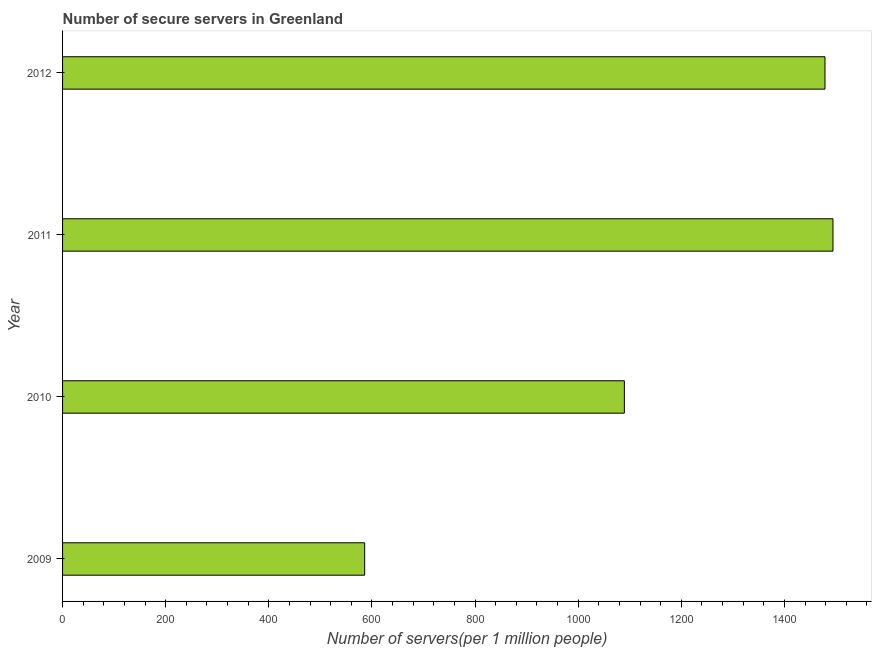
| Year | Secure Internet servers |
 | --- | --- |
 | 2009 | 586 |
 | 2010 | 1.09e+03 |
 | 2011 | 1.49e+03 |
 | 2012 | 1.48e+03 |